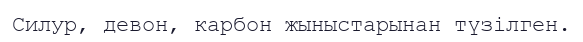
Силур, девон, карбон жыныстарынан түзілген.